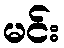
မင်း